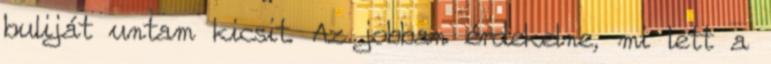
buliját untam kicsit. Az jobban érdekelne, mi lett a